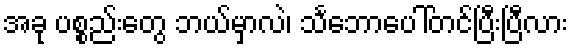
အခု ပစ္စည်းတွေ ဘယ်မှာလဲ၊ သင်္ဘောပေါ်တင်ပြီးပြီလား